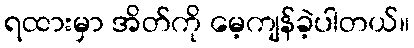
ရထားမှာ အိတ်ကို မေ့ကျန်ခဲ့ပါတယ်။